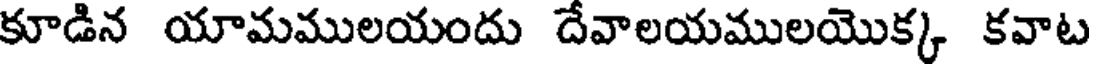
కూడిన యామములయందు దేవాలయములయొక్క కవాట